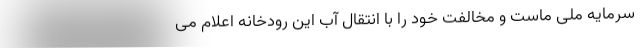
سرمایه ملی ماست و مخالفت خود را با انتقال آب این رودخانه اعلام می